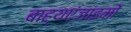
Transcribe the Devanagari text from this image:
बाह्यएंजाइमों